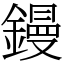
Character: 鏝